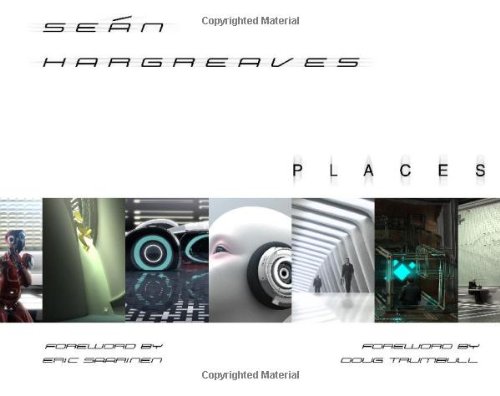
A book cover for PLACES; Sean Hargreaves; Arts & Photography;